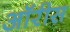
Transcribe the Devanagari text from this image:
ऑरीस